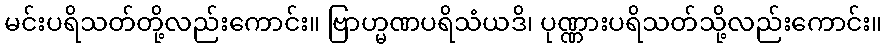
မင်းပရိသတ်တို့လည်းကောင်း။ ဗြာဟ္မဏပရိသံယဒိ၊ ပုဏ္ဏားပရိသတ်သို့လည်းကောင်း။